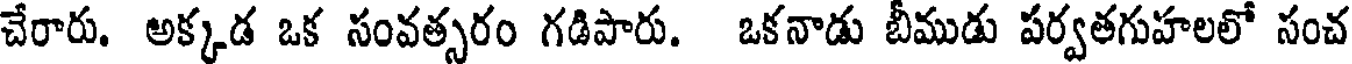
చేరారు. అక్కడ ఒక సంవత్సరం గడిపారు. ఒకనాడు బీముడు పర్వతగుహలలో సంచ